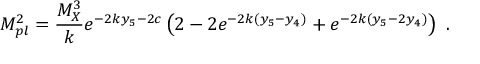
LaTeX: M _ { p l } ^ { 2 } = { \frac { M _ { X } ^ { 3 } } { k } } e ^ { - 2 k y _ { 5 } - 2 c } \left( 2 - 2 e ^ { - 2 k ( y _ { 5 } - y _ { 4 } ) } + e ^ { - 2 k ( y _ { 5 } - 2 y _ { 4 } ) } \right) ~ . ~ \,